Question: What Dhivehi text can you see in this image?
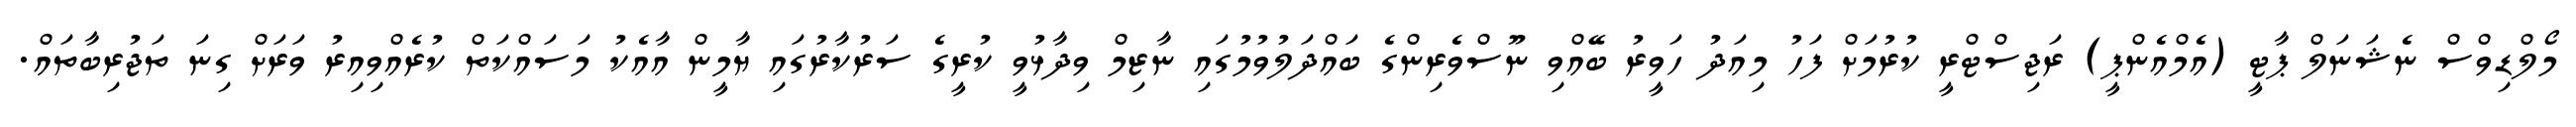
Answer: މޯލްޑިވްސް ނެޝަނަލް ޕާޓީ (އެމްއެންޕީ) ރަޖިސްޓްރީ ކުރުމަށް ފަހު މިއަދު ހަވީރު ބޭއްވި ނޫސްވެރިންގެ ބައްދަލުވުމުގައި ނާޒިމް ވިދާޅުވީ ކުރީގެ ސަރުކާރުގައި ޔާމީން އާއެކު މަސައްކަތް ކުރެއްވިއިރު ވަރަށް ގިނަ ތަޖުރިބާތައް.